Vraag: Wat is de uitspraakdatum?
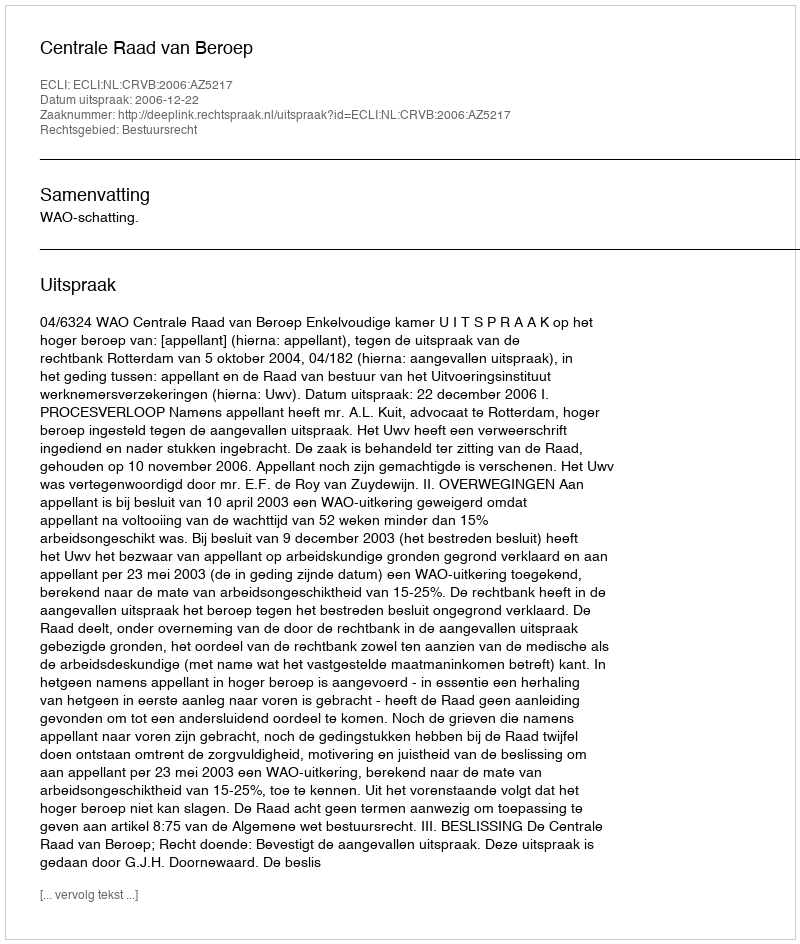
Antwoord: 2006-12-22